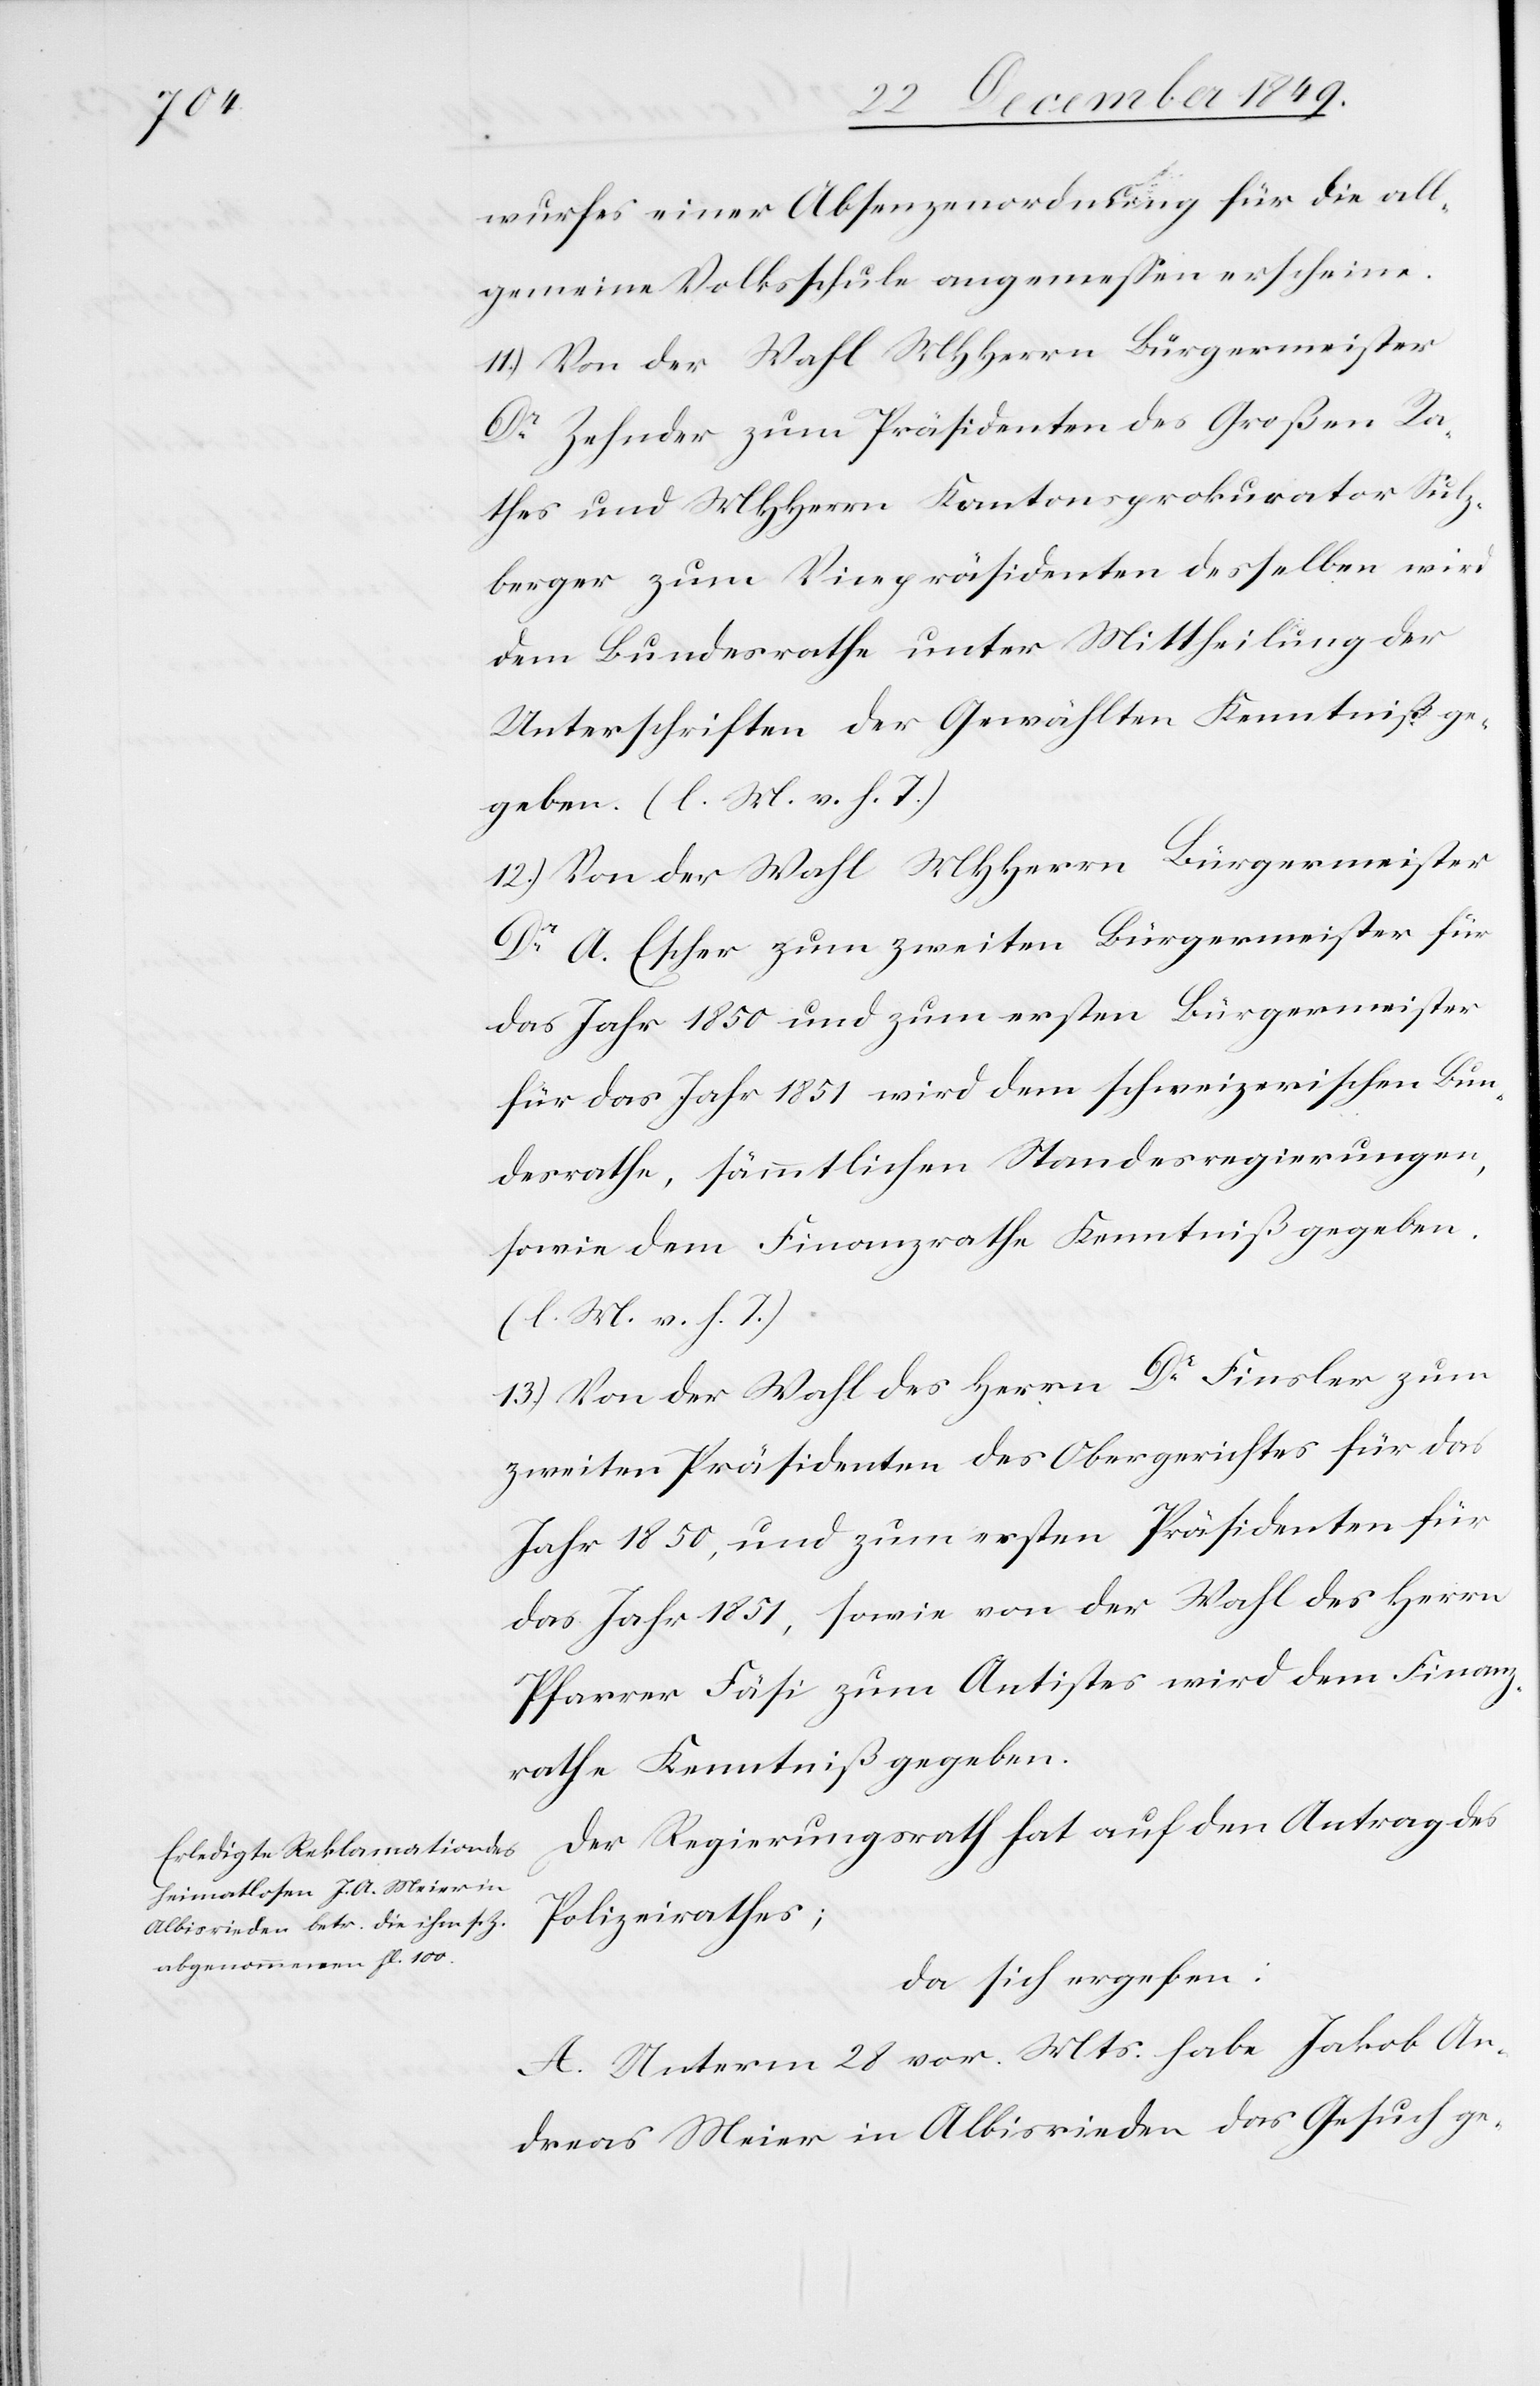
wurfes einer Absenzenordnung für die all¬
gemeinde Volksschule angemeßen erscheine.
11.) Von der Wahl MHHerrn Bürgermeister
Dr Zehnder zum Präsidenten des Großen Ra¬
thes und MHHerrn Kantonsprokurator Sulz¬
berger zum Vicepräsidenten desselben wird
dem Bundesrathe unter Mittheilung der
Unterschriften der Gewählten Kenntniß ge¬
geben. [l. M. v. h. T]
12.) Von der Wahl MHHerrn Bürgermeister
Dr A. Escher zum zweiten Bürgermeister für
das Jahr 1850 und zum ersten Bürgermeister
für das Jahr 1851 wird dem schweizerischen Bun¬
desrathe, sämmtlichen Standesregierungen,
sowie dem Finanzrathe Kenntniß gegeben.
[l. M. v. h. T]
13.) Von der Wahl des Herrn Dr Finsler zum
zweiten Präsidenten des Obergerichtes für das
Jahr 1850, und zum ersten Präsidenten für
das Jahr 1851, sowie von der Wahl des Herrn
Pfarrer Fäsi, zum Antistes wird dem Finanz¬
rathe Kenntniß gegeben.
Der Regierungsrath hat auf den Antrag des
Polizeirathes;
da sich ergeben:
A. Unterm 28 vor. Mts. habe Jakob An¬
dreas Meier in Albisrieden das Gesuch ge-